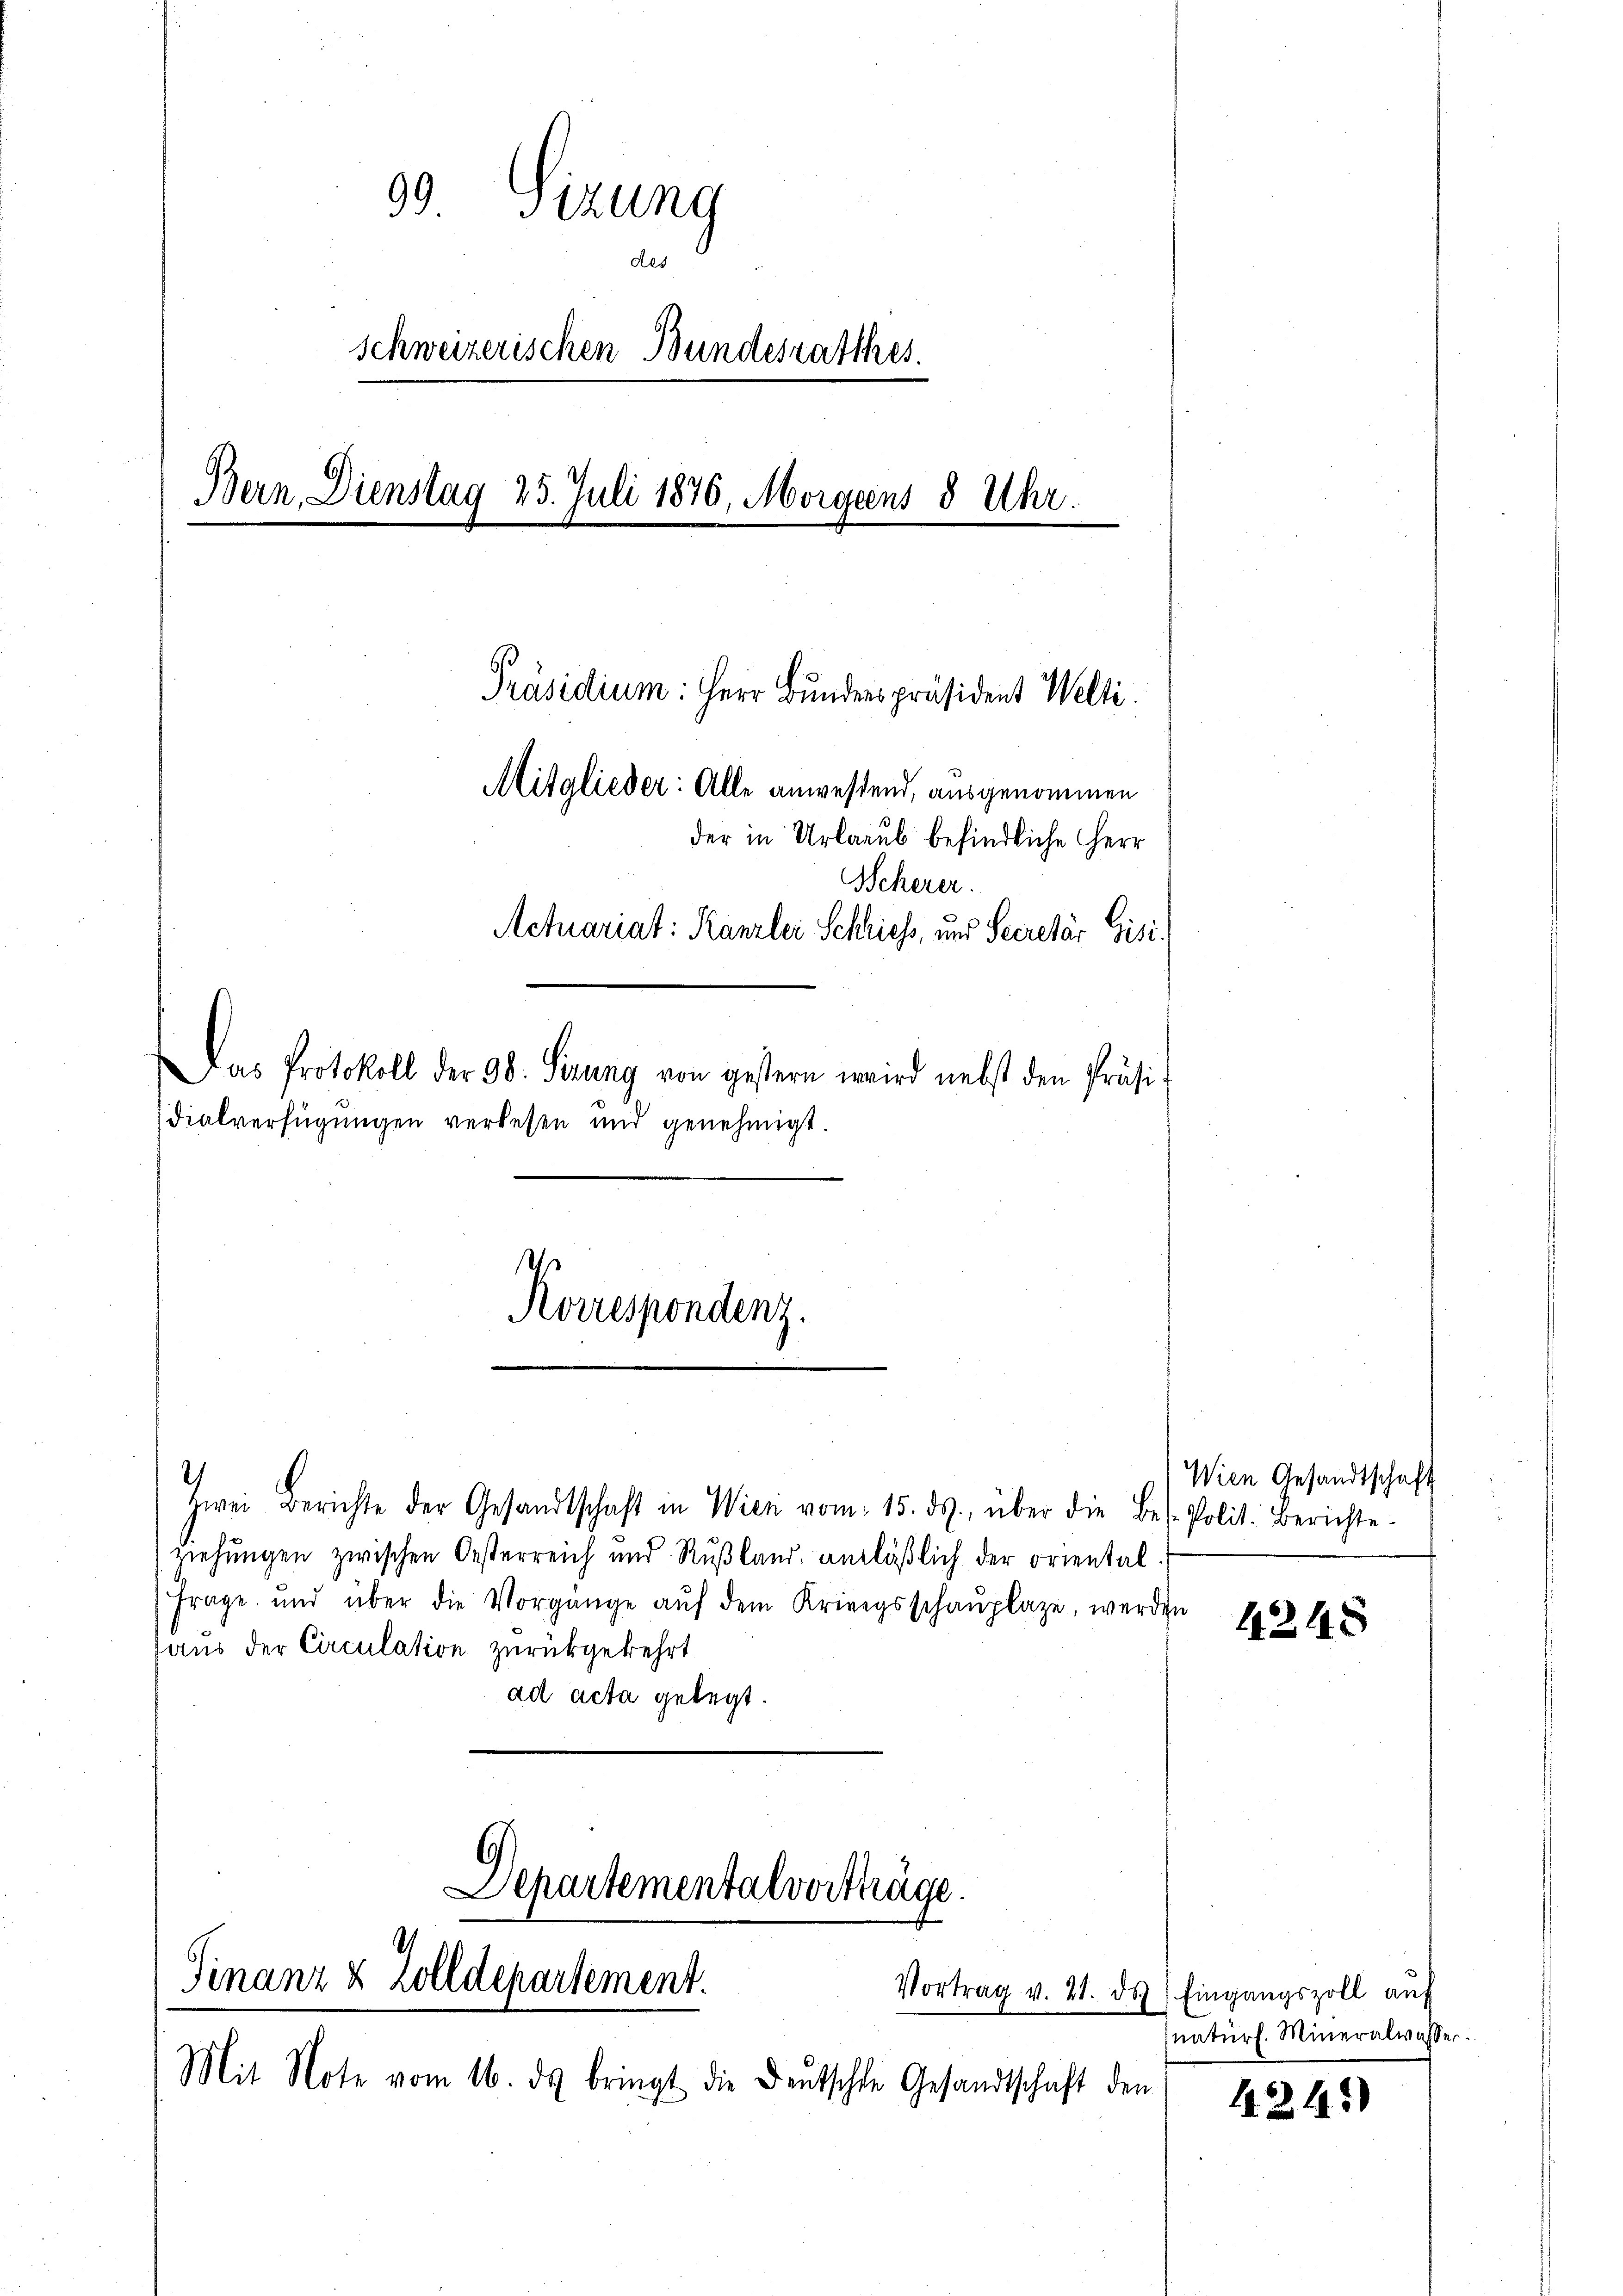
99 Sizung
es
Schweizerischen Bundesrathes.
Bern, Dienstag 25. Juli 1876, Morgens 8 Uhr.

Präsidium: Herr Bunderspräsident Welti.
Mitglieder: Alle anwesend, ausgenommen
der in Urlaub befindliche Herr
Scherer.
Actuariat: Kanzlei Schliess, und Secretär Gisi¬
Das Protokoll der 98. Sizung von gestern wird nebst den Präsidialverfügungen verlesen und genehmigt.

Zwei Berichte der Gesandtschaft in Wien vom 15. ds. über die Bes Polit. Berichte
rehŭngen zwischen Oesterreich und Rußland, anläβlich der oriental
Frage, und über die Vorgange aŭf dem Kriegsschaŭplaze, werden
aus der Circulation zurückgekehrt
ad acta gelegt.

Korrespondenz.

Mit Note vom 16. ds bringt die Deutsche Gesandtschaft den

Departementalvorträge.
Finanz & Zolldepartement.
Vortrag v. 21. ds

Wien Gesandtschaft

4248

Eingangszoll auf
Inaturh. Mineralwasser

4.24)